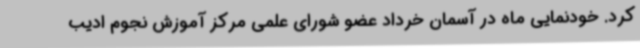
کرد. خودنمایی ماه در آسمان خرداد عضو شورای علمی مرکز آموزش نجوم ادیب